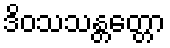
ဒိဝသသန္တတ္တော